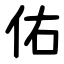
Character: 佑